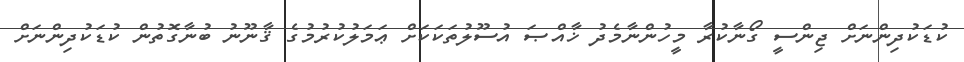
ކުޑަކުދިންނަށް ޖިންސީ ގޯނާކުރާ މީހުންނާމެދު ޚާއްޞަ އުސޫލުތަކަކަށް ޢަމަލުކުރުމުގެ ޤާނޫނު ބުނާގޮތުން ކުޑަކުދިންނަށް